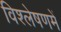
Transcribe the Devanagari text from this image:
विश्लेषणमें